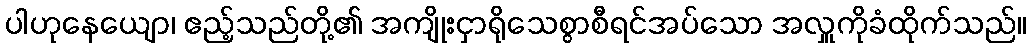
ပါဟုနေယျော၊ ဧည့်သည်တို့၏ အကျိုးငှာရိုသေစွာစီရင်အပ်သော အလှူကိုခံထိုက်သည်။